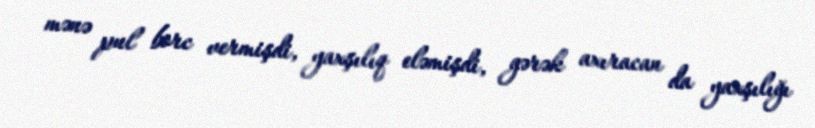
mənə pul borc vermişdi, yaxşılıq eləmişdi, gərək axıracan da yaxşılığı